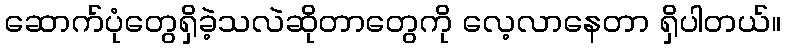
ဆောက်ပုံတွေရှိခဲ့သလဲဆိုတာတွေကို လေ့လာနေတာ ရှိပါတယ်။